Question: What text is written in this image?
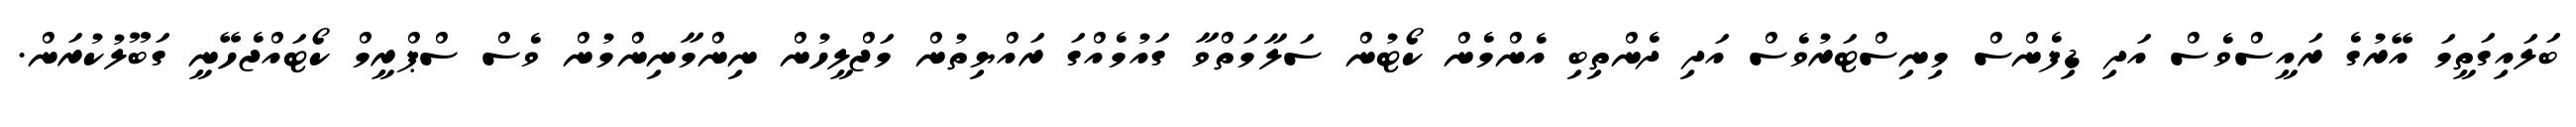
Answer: ބަލައިގަތީމަ އޭރުގެ ރައީސްވެސް އަދި ޑިފެންސް މިނިސްޓަރުވެސް އަދި ދެންތިބި އެންމެން ކޯޓުން ސަލާމަތްވާ ގައުމެއްގަ ރައްޔިތުން މަޖްލީހުން ނިންމާނިންމުން ވެސް ސްޕްރީމް ކޯޓައްޖެހޭނީ ގަބޫލުކުރަން.